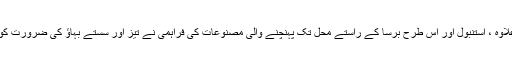
اس کے علاوہ ، استنبول اور اس طرح برسا کے راستے محل تک پہنچنے والی مصنوعات کی فراہمی نے تیز اور سستے بہاؤ کی ضرورت کو پیش کیا۔